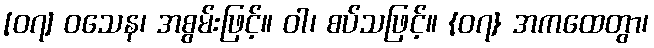
[၀၇] ဝသေန၊ အစွမ်းဖြင့်။ ဝါ၊ စပ်သဖြင့်။ {၀၇} အကထေတွာ၊